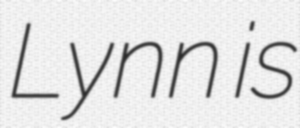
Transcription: Lynn is